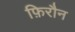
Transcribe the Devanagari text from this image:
फ़िरौन